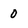
Character: 0